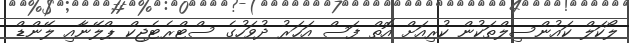
ލޯކަލް ކައުންސިލްތަކުން ކުރިއަށް އޮތް ފަސް އަހަރު ދުވަހުގެ ސްޓްރެޓެޖިކް ޕްލޭނާއި ލޭންޑް